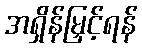
အရှိန်မြှင့်ရန်